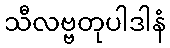
သီလဗ္ဗတုပါဒါနံ